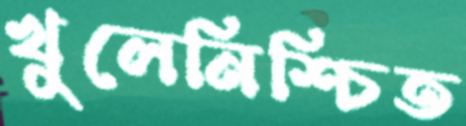
খুলেনিশ্চিত